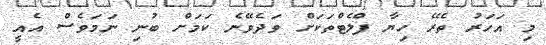
މި އަހަރު ތެރޭ ހިޔާ ފްލެޓްތަކަށް ވަދެވޭނެ ކަމަށް ބުނި ނަމަވެސް އެއީ